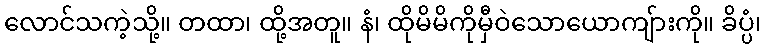
လောင်သကဲ့သို့။ တထာ၊ ထို့အတူ။ နံ၊ ထိုမိမိကိုမှီဝဲသောယောကျ်ားကို။ ခိပ္ပံ၊